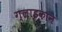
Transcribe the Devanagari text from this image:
ग्लाइकान